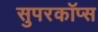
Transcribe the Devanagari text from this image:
सुपरकॉप्स